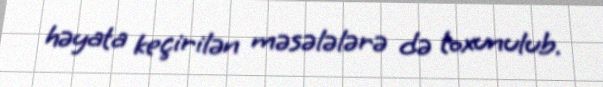
həyata keçirilən məsələlərə də toxunulub.